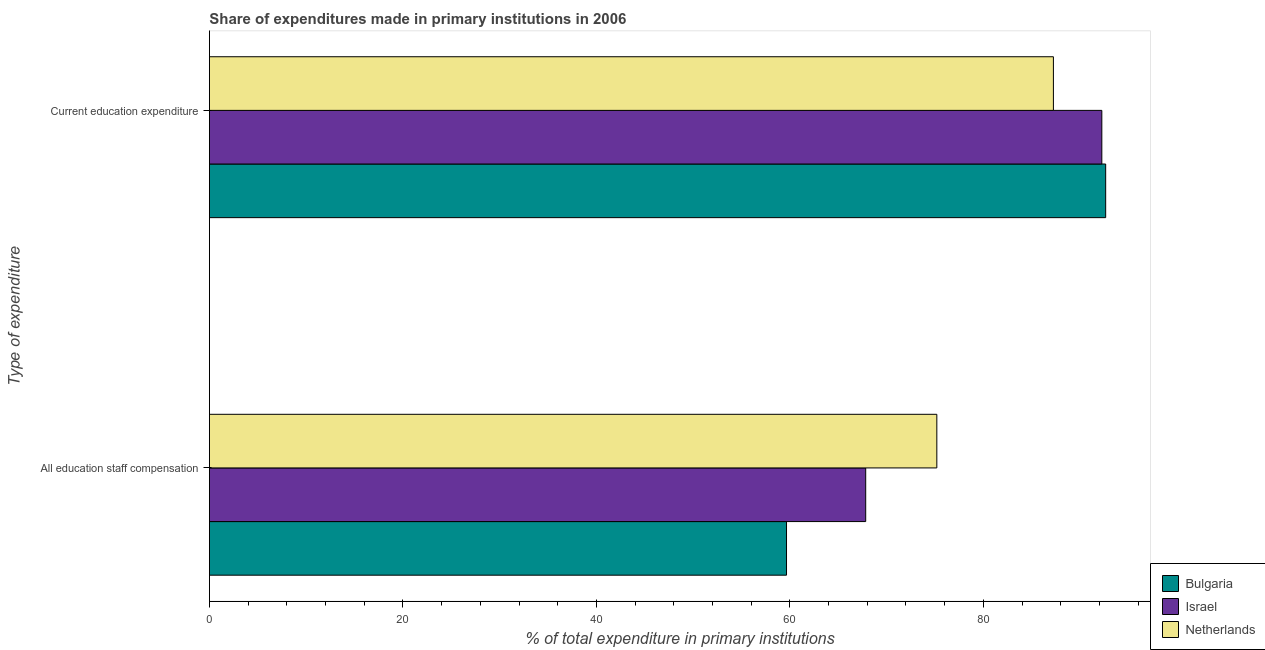
| Type of expenditure | Bulgaria | Israel | Netherlands |
 | --- | --- | --- | --- |
 | All education staff compensation | 59.7 | 67.8 | 75.2 |
 | Current education expenditure | 92.6 | 92.2 | 87.2 |